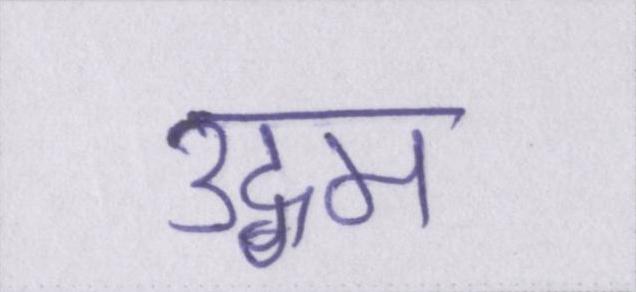
उद्गम